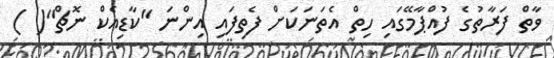
ވާތް ފަރާތުގެ ފުއްޕާމޭގައި ހިތް އެތަނަކަށް ފެތިފައި އިންނަ "ކާޑިއެކް ނޮޗް"( )